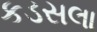
કડસલા